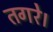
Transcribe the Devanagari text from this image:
तगरे।